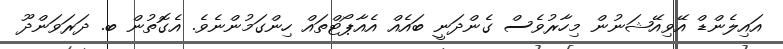
އައިލެންޑް އޭވިއޭޝަނުން މިހާރުވެސް ގެންދަނީ ބައެއް އެއާޕޯޓްތައް ހިންގަމުންނެވެ. އެގޮތުން ބ. ދަރަވަންދޫ